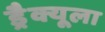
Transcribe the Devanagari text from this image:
ड्रैक्यूला